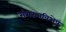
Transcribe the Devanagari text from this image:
संगठनविशेष